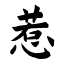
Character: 惹